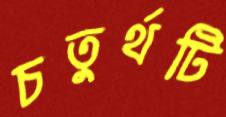
চতুর্থটি